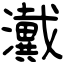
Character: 瀻